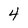
Character: 4